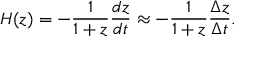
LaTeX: H ( z ) = - { \frac { 1 } { 1 + z } } { \frac { d z } { d t } } \approx - { \frac { 1 } { 1 + z } } { \frac { \Delta z } { \Delta t } } .